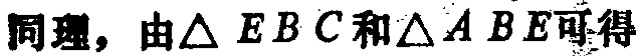
同理，由$\triangle EBC$和$\triangle ABE$可得